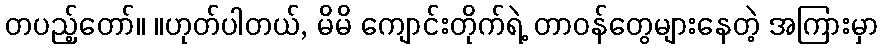
တပည့်တော်။ ။ဟုတ်ပါတယ်, မိမိ ကျောင်းတိုက်ရဲ့ တာဝန်တွေများနေတဲ့ အကြားမှာ